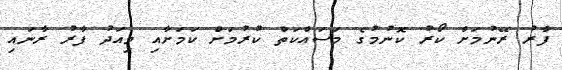
ފާރު ރޭނުމަށް ކޯރު ކޮނުމުގެ މަސައްކަތް ކުރުމަށް ކަމަށާއި މިއަދު ފާރު ރާނައި